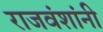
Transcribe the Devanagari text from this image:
राजवंशांनी